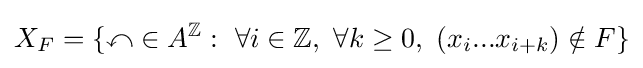
X_{F}=\{\mathbb {x} \in A^{\mathbb {Z} }:\ \forall i\in \mathbb {Z} ,\ \forall k\geq 0,\ (x_{i}...x_{i+k})\notin F\}